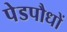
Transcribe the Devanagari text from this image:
पेडपौधों